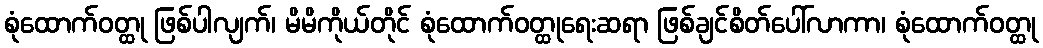
စုံထောက်ဝတ္ထု ဖြစ်ပါလျက်၊ မိမိကိုယ်တိုင် စုံထောက်ဝတ္ထုရေးဆရာ ဖြစ်ချင်စိတ်ပေါ်လာကာ၊ စုံထောက်ဝတ္ထု